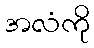
အလံကို